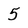
Character: 5